Annual administration report of the Civil Veterinary Department of India - 1898-1899
Year: 1898
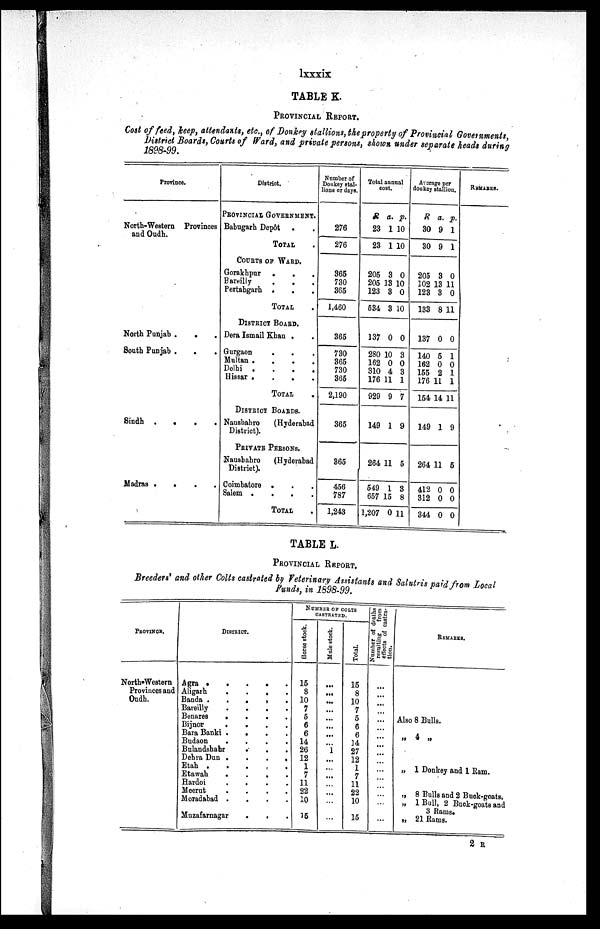
lxxxix
TABLE K.
PROVINCIAL REPORT.
Cost of feed, keep, attendants, etc., of Donkey stallions, the property of Provincial Governments,
District Boards, Courts of Ward, and private persons, shown under separate heads during
1898-99.
Province.
North-Western Provinces
and Oudh.
North Punjab .
.
.
South Punjab .
.
.
Sindh .
.
.
.
Madras . . . .
District.
PROVINCIAL GOVERNMENT.
Babugarh Depôt . .
TOTAL .
COURTS OF WARD.
Gorakhpur .
.
.
Bareilly . . . .
Pertabgarh . . .
TOTAL .
DISTRICT BOARD.
Dera Ismail Khan . .
Gurgaon . . .
Multan .
.
.
.
Delhi .
.
.
.
Hissar .
.
.
.
TOTAL .
DISTRICT BOARDS.
Naushabro
(Hyderabad
District).
PRIVATE PERSONS.
Naushahro
(Hyderabad
District).
Coimbatore .
.
.
Salem . . . .
TOTAL .
Number of
Donkey stal-
lions or days.
276
276
365
730
365
1,460
365
730
365
730
365
2,190
365
365
456
787
1,243
Total annual
cost.
R
23
23
a.
1
1
p.
10
10
205
205
123
534
3
13
3
3
0
10
0
10
137
280
162
310
176
929
0
10
0
4
11
9
0
3
0
3
1
7
149 1 9
264
549
657
1,207
11
1
15
0
5
3
8
11
Average per
donkey stallion.
R
30
30
a.
9
9
p.
1
1
205
102
123
133
3
13
3
8
0
11
0
11
137
140
162
155
176
154
0
5
0
2
11
14
0
1
0
1
1
11
149 1 9
264
412
312
344
11
0
0
0
5
0
0
0
REMARKS.
TABLE L.
PROVINCIAL REPORT.
Breeders' and other Colts castrated by Veterinary Assistants and Salutris paid from Local
PROVINCE.
North-Western
Provinces and
Oudh.
DISTRICT
Agra
.
. ...
Aligarh
. ...
Banda .
. ...
Bareilly . ...
Benares
.
.
Bijnor
.
...
Bara Banki .
...
Budaon . ...
Bulandshahr . ..
Debra Dun . ...
Etah . .
Etawah
. ...
Hardoi . ...
Meerut . ..
Moradabad . .
Muzafarnagar ...
NUMBER OF COLTS
CASTRATED.
Horse stock.
15
8
10
7
5
6
6
14
26
12
1
7
11
22
10
15
Mule stock.
...
...
...
...
...
...
...
1
...
...
...
...
...
...
Total.
15
8
10
7
5
6
6
14
27
12
1
7
11
22
10
15
Number
of deaths
resulting
from
effects of castra-
tion.
...
...
...
...
...
...
...
...
...
...
...
...
...
REMARKS.
Also 8 Bulls.
„
4 „
„ 1 Donkey and 1 Ram.
„ 8 Bulls and 2 Buck-goats,
„ 1 Bull, 2 Buck-goats and
3 Rams.
„ 21 Rams.
2 R